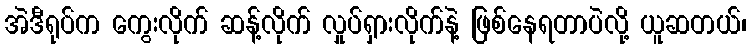
အဲဒီရုပ်က ကွေးလိုက် ဆန့်လိုက် လှုပ်ရှားလိုက်နဲ့ ဖြစ်နေရတာပဲလို့ ယူဆတယ်၊